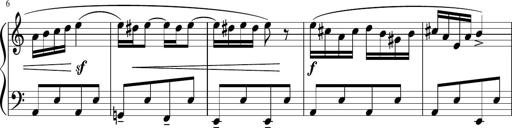
Title: 4 Sonatinas
Composer: Jacob Schmitt